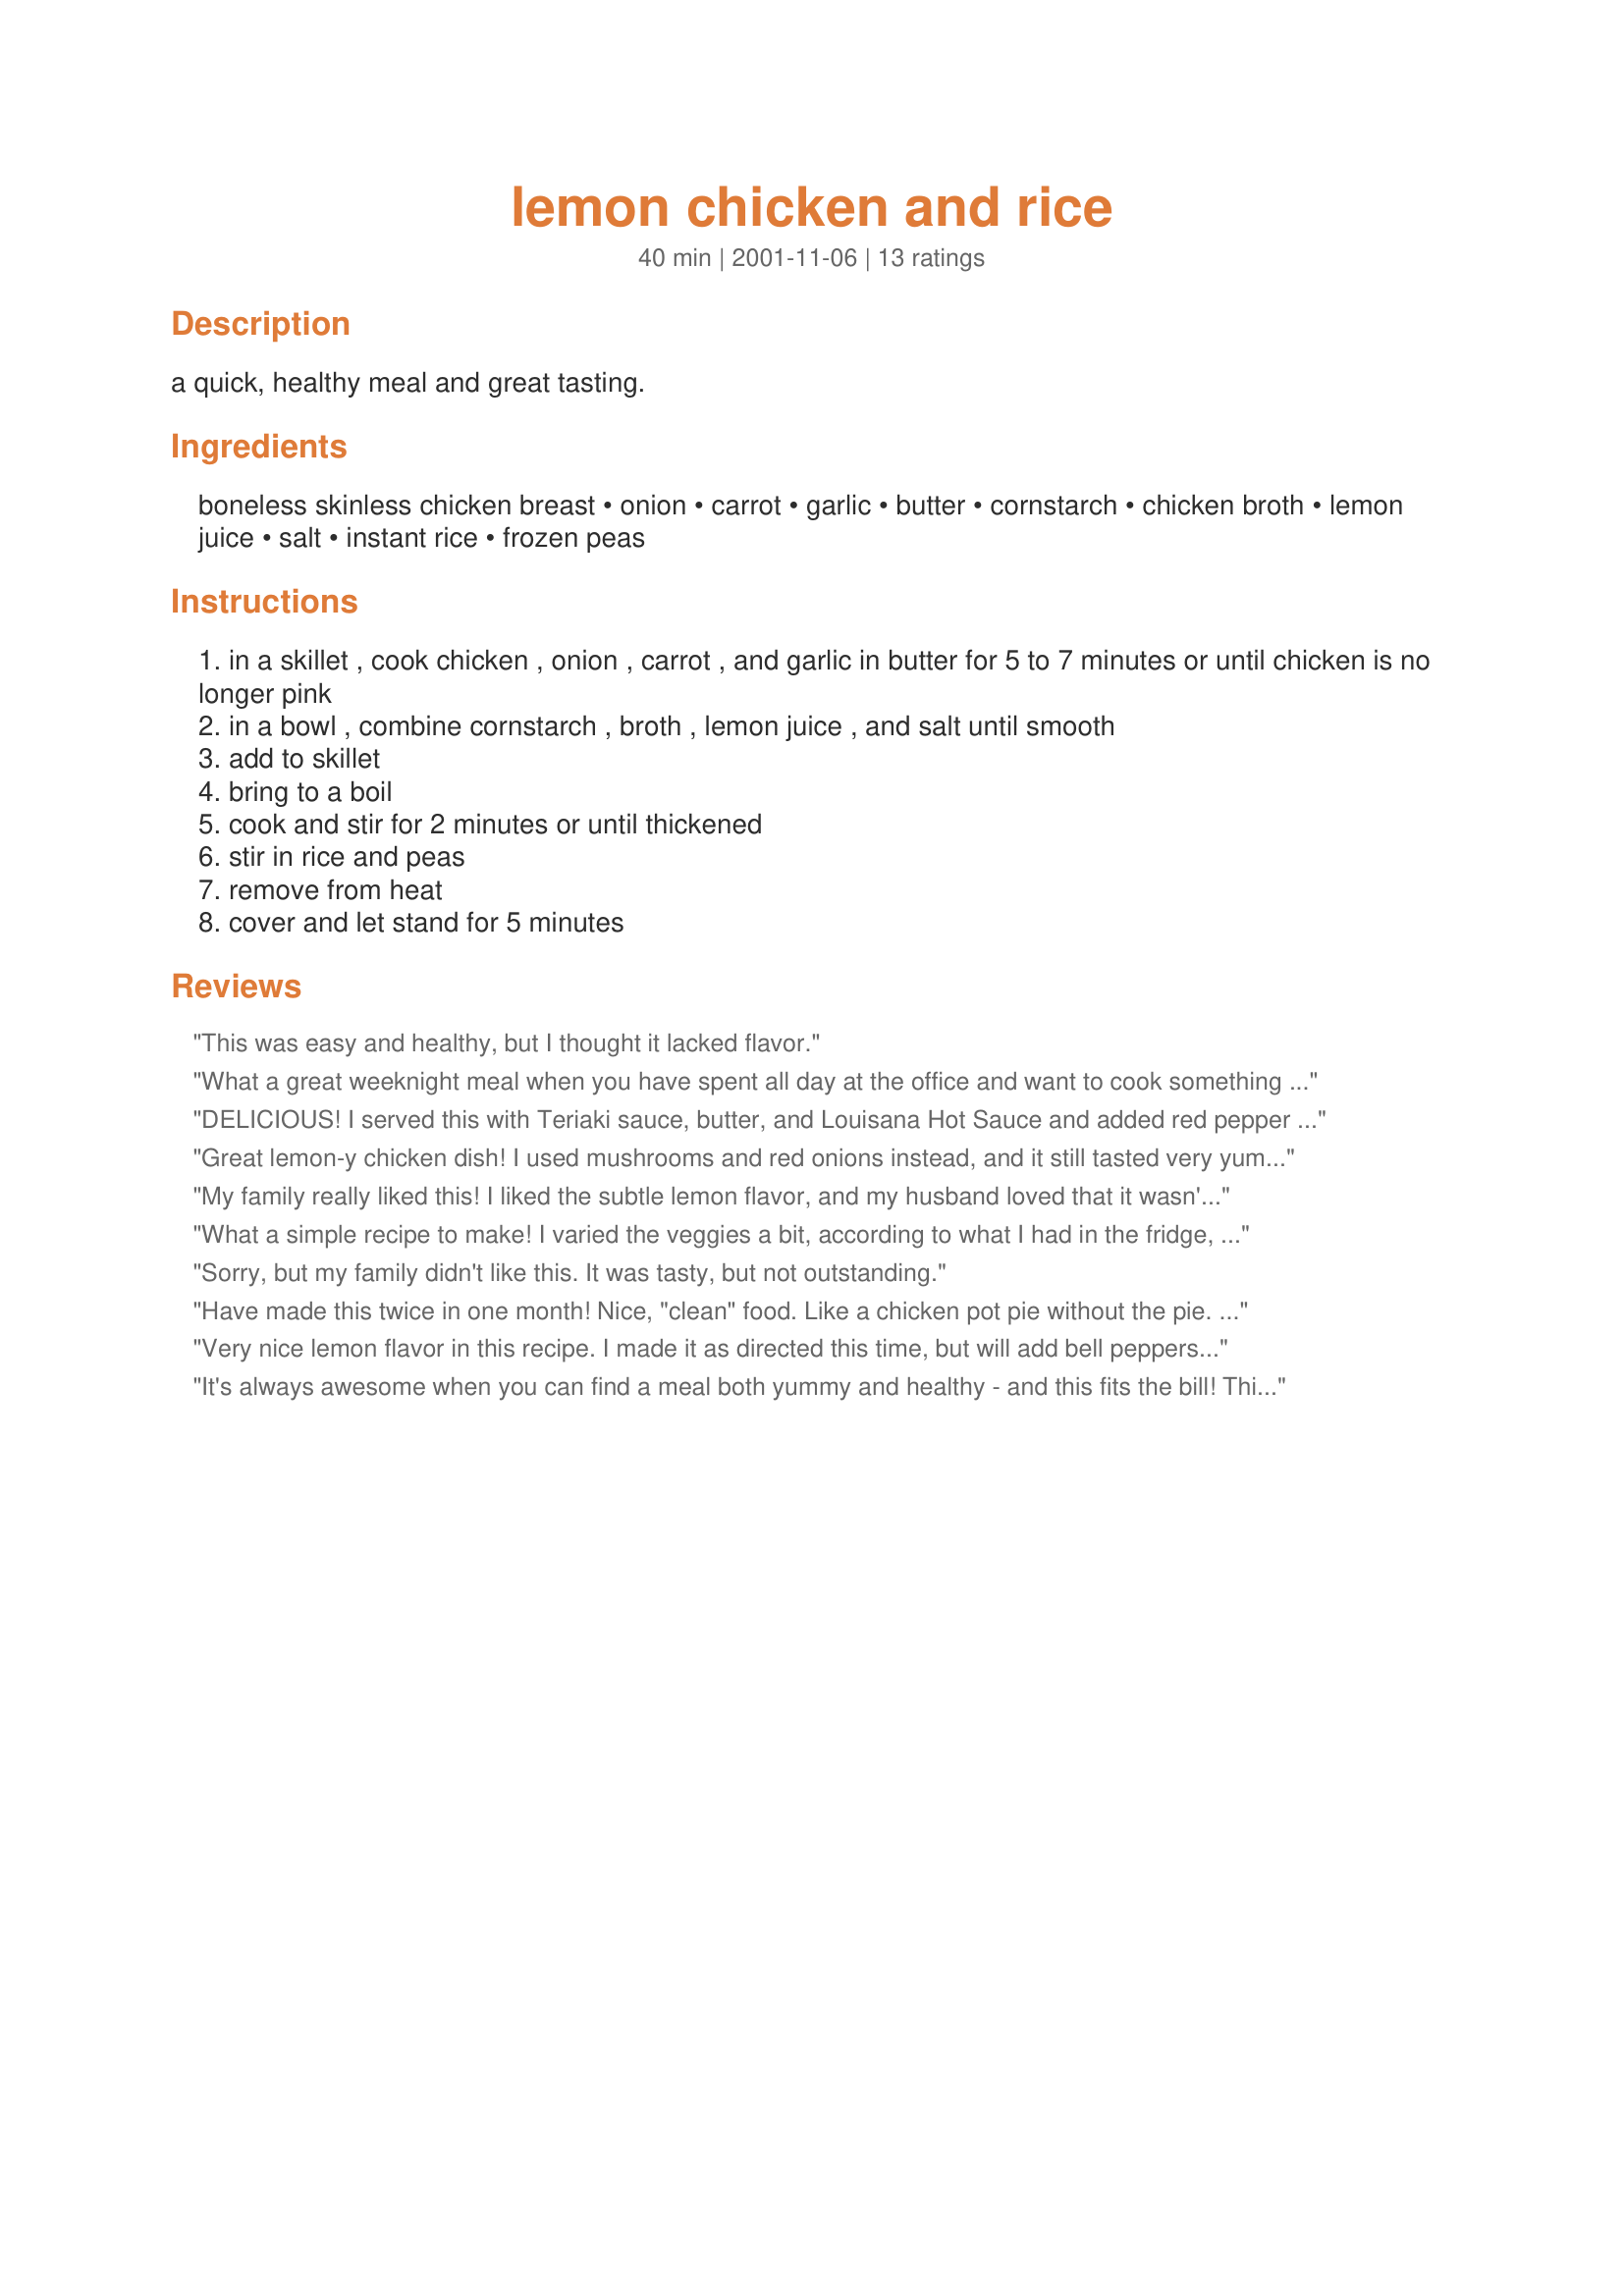
lemon chicken and rice
Preparation time: 40 minutes

a quick, healthy meal and great tasting.

Ingredients:
boneless skinless chicken breast, onion, carrot, garlic, butter, cornstarch, chicken broth, lemon juice, salt, instant rice, frozen peas

Steps:
in a skillet , cook chicken , onion , carrot , and garlic in butter for 5 to 7 minutes or until chicken is no longer pink
in a bowl , combine cornstarch , broth , lemon juice , and salt until smooth
add to skillet
bring to a boil
cook and stir for 2 minutes or until thickened
stir in rice and peas
remove from heat
cover and let stand for 5 minutes

Reviews:
This was easy and healthy, but I thought it lacked flavor.
What a great weeknight meal when you have spent all day at the office and want to cook something quick. I substituted the chicken breast with boneless chicken thigh meat (hubby prefers it) and I didn't have any peas on hand so I added chopped green peppers along with the carrots, onions and garlic. Otherwise I followed the recipe as written. A nice, simple, easy meal. Thanks for sharing it!
DELICIOUS! I served this with Teriaki sauce, butter, and Louisana Hot Sauce and added red pepper flakes, too.
Great lemon-y chicken dish! I used mushrooms and red onions instead, and it still tasted very yummy. No lie, it looked kinda gross until I mixed the rice in... but it was a hit with my very picky husband!
My family really liked this! I liked the subtle lemon flavor, and my husband loved that it wasn't a highly acidic meal. My 5 kids cleaned it up! Thank you so much!
What a simple recipe to make! I varied the veggies a bit, according to what I had in the fridge, but stuck to the recipe otherwise. It came together quickly and had a lovely lemony flavour. Great with a bit of parmesan cheese sprinkled on top.
Sorry, but my family didn't like this. It was tasty, but not outstanding.
Have made this twice in one month! Nice, "clean" food. Like a chicken pot pie without the pie. Good and quick for me to cook after work. Thanks!
Very nice lemon flavor in this recipe. I made it as directed this time, but will add bell peppers and possibly mushrooms the next time I make this. Thank you for a recipe that my family really enjoyed!
It's always awesome when you can find a meal both yummy and healthy - and this fits the bill! This will definitely be on the menu again soon, thanks!
My family emptied the pan! This was very good and LESS than 300 calories for dinner!!

I did now have instant rice, I didn't realize until I was prepping. I had to use my whole grain rice which took me a while. And I used a different pot and added it later. But this was still a very good dinner.

Thank you for posting!
This recipe is really good. A definite keeper. DH added chunky hot picante sauce to his at the table and pronounced it a 5*. DS and I preferred it without the picante sauce. It has a light lemon/savory flavor. I did use regular long grain rice and adjusted the liquid and cooking time accordingly, but otherwise followed the recipe exactly. Thanks for sharing.
Very simple and quick to put together. I added black pepper and some mushrooms, because I add mushrooms to everything. I'm thinking of trying some chopped red bell pepper, for color and a little additional flavor.

I picked this recipe as one to make on a road trip, where we need one-skillet meals. It definitely fills the bill!
